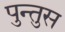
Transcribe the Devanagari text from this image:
पुन्तुस